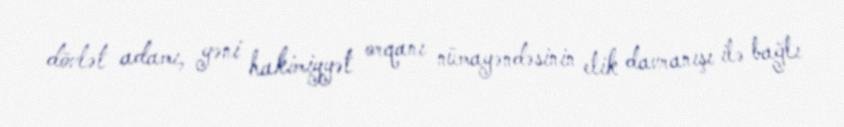
dövlət adamı, yəni hakimiyyət orqanı nümayəndəsinin etik davranışı ilə bağlı